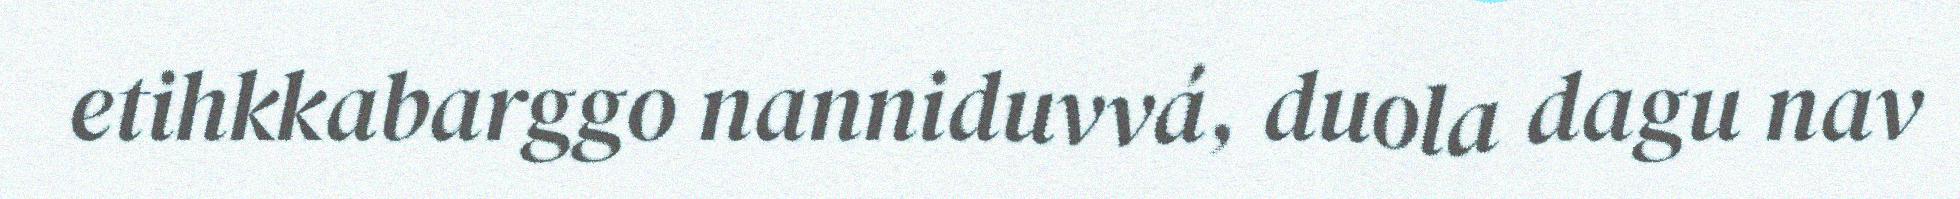
etihkkabarggo nanniduvvá, duola dagu nav